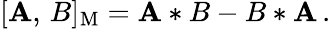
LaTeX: [\mathbf{A},\, B]_{\mathrm{{M}}}=\mathbf{A}*B-B*\mathbf{A}\, .